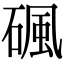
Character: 碸